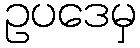
ဥပဒေမှ